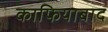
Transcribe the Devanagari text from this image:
काफियाबाद